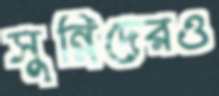
সুন্নিদেরও